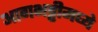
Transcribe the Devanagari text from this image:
आगभट्टीमध्ये